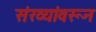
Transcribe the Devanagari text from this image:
संख्यांवरून